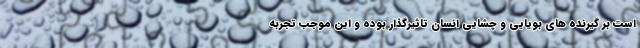
است بر گیرنده های بویایی و چشایی انسان تاثیرگذار بوده و این موجب تجربه